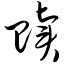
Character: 赎